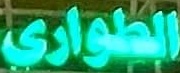
الطوارى